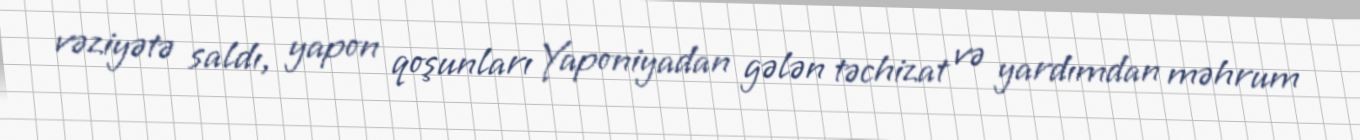
vəziyətə saldı, yapon qoşunları Yaponiyadan gələn təchizat və yardımdan məhrum